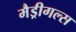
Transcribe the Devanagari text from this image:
मैड्रीगल्स